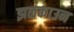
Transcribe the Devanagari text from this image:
झळकाउन